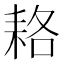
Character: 𦓱